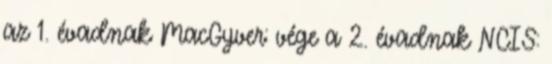
az 1. évadnak MacGyver: vége a 2. évadnak NCIS: